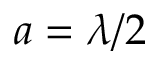
a = \lambda / 2